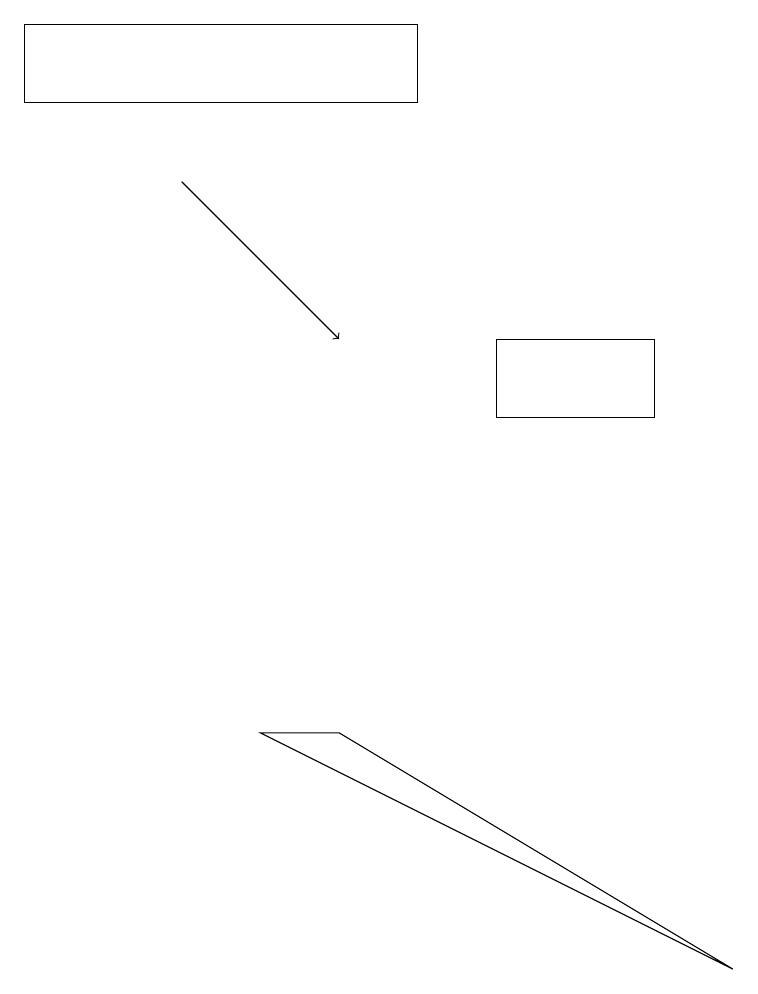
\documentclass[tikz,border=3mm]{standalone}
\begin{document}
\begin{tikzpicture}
\draw (9,3) -- (4,6) -- (3,6) -- cycle;
\draw[->] (2,13) -- (4,11);
\draw (6,11) rectangle (8,10);
\draw (5,15) rectangle (0,14);
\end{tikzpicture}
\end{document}